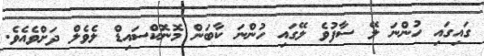
ގައިގައި ހުންނަ ލޭ ސާފުވެ ލޭގައި ހުންނަ ކާބަން މޮނޮކްސައިޑް ލެވެލް ދަށްވެއެވެ.